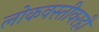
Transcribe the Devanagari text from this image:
लोकवस्तीवरही